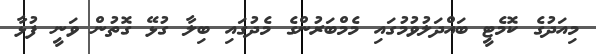
މިއަދުގެ ކޮމެޓީ ބައްދަލުވުމުގައި މެމްބަރުންގެ މެދުގައި ބިލާ ގުޅޭ ގޮތުން ވަނީ ފުޅާ